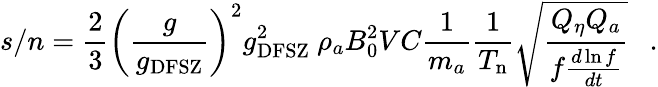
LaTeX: s/n={\frac{2}{3}}\left({\frac{g}{g_{\mathrm{DFSZ}}}}\right)^{2}g_{\mathrm{DFSZ}}^{2}~\rho_{a}B_{0}^{2}VC{\frac{1}{m_{a}}}{\frac{1}{T_{\mathrm{n}}}}\sqrt{\frac{Q_{\eta}Q_{a}}{f{\frac{d\ln f}{dt}}}}~~\ .